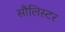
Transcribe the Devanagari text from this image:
सौलिस्टर